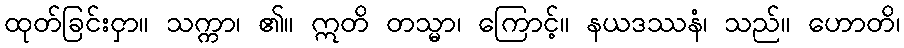
ထုတ်ခြင်းငှာ။ သက္ကာ၊ ၏။ ဣတိ တသ္မာ၊ ကြောင့်။ နယဒဿနံ၊ သည်။ ဟောတိ၊